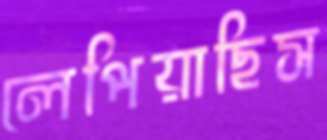
লেপিয়াছিস